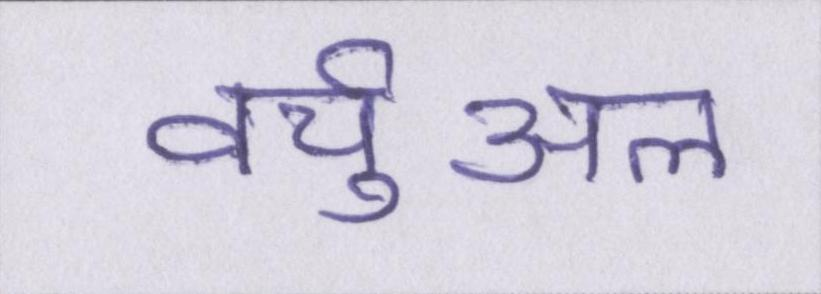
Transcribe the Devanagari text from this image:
वर्चुअल